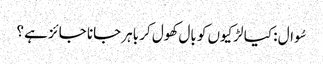
سُوال : کیا لڑکیوں کو بال کھول کر باہر جانا جائز ہے ؟